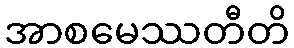
အာစမေဿတီတိ